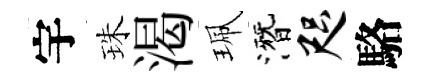
宇珠渴珮潛咫駱